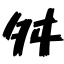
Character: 舛